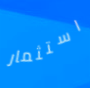
استثمار